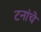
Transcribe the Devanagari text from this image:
टनांचे